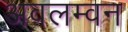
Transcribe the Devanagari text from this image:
अवलम्वन